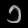
Digit: ၁